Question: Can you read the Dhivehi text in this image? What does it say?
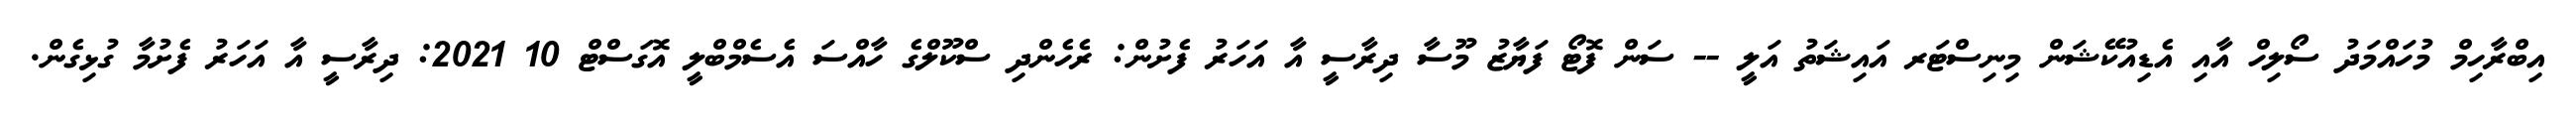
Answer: އިބްރާހިމް މުހައްމަދު ސޯލިހް އާއި އެޑިއުކޭޝަން މިނިސްޓަރ އައިޝަތު އަލީ -- ސަން ފޮޓޯ ފަޔާޒު މޫސާ ދިރާސީ އާ އަހަރު ފެށުން: ރެހެންދި ސްކޫލްގެ ހާއްސަ އެސެމްބްލީ އޮގަސްޓް 10 2021: ދިރާސީ އާ އަހަރު ފެށުމާ ގުޅިގެން.